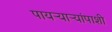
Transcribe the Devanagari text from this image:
पायर्‍यार्‍यांपाशी